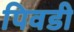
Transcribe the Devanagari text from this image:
पिवडी